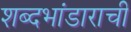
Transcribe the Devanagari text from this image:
शब्दभांडाराची